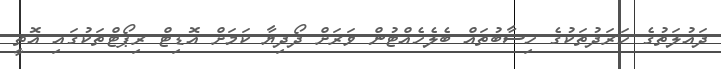
ދައުލަތުގެ ހަރަދުތަކުގެ ހިސާބުތައް ބެލެހެއްޓުން ވަރަށް ދޯދިޔާ ކަމަށް އޮޑިޓް ރިޕޯޓްތަކުގައި އޮތީ